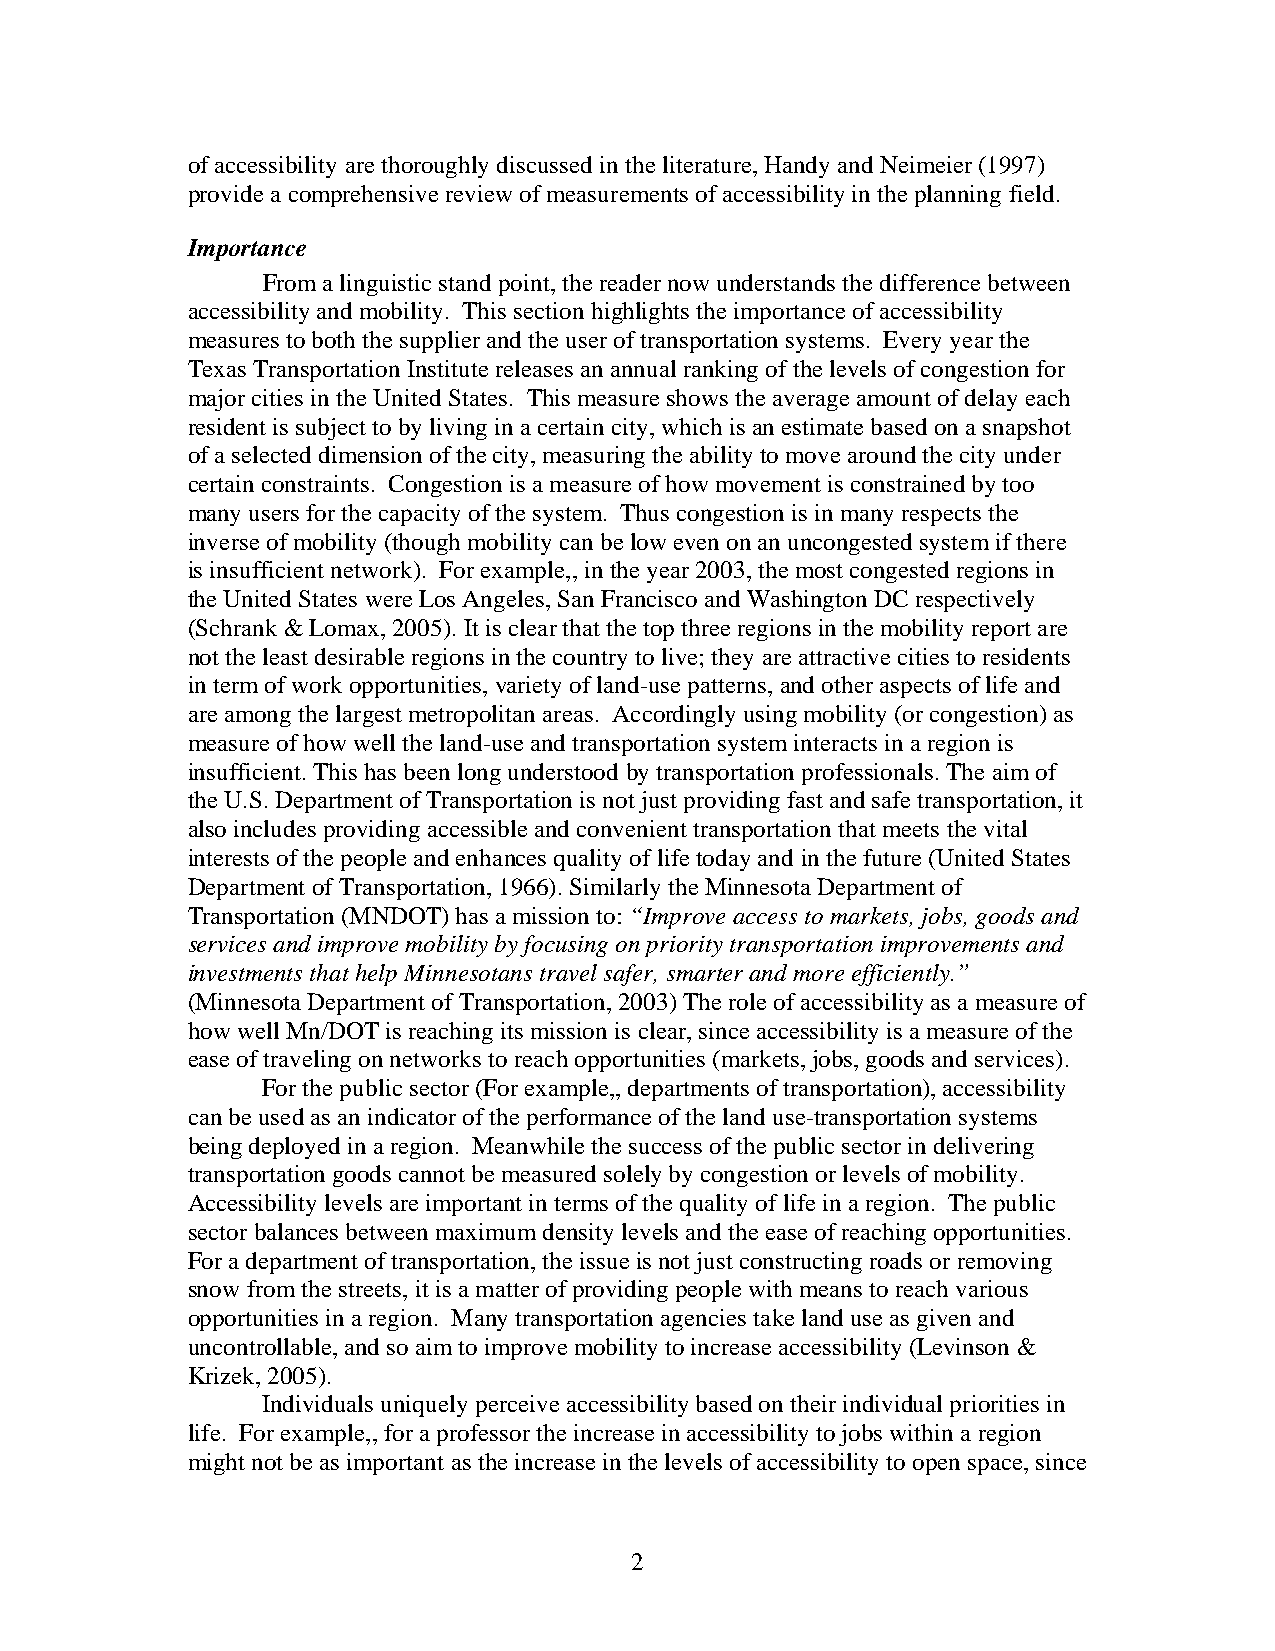
of accessibility are thoroughly discussed in the literature, Handy and Neimeier (1997)
 provide a comprehensive review of measurements of accessibility in the planning field.
 Importance
 From a linguistic stand point, the reader now understands the difference between
 accessibility and mobility. This section highlights the importance of accessibility
 measures to both the supplier and the user of transportation systems. Every year the
 Texas Transportation Institute releases an annual ranking of the levels of congestion for
 major cities in the United States. This measure shows the average amount of delay each
 resident is subject to by living in a certain city, which is an estimate based on a snapshot
 of a selected dimension of the city, measuring the ability to move around the city under
 certain constraints. Congestion is a measure of how movement is constrained by too
 many users for the capacity of the system. Thus congestion is in many respects the
 inverse of mobility (though mobility can be low even on an uncongested system if there
 is insufficient network). For example,, in the year 2003, the most congested regions in
 the United States were Los Angeles, San Francisco and Washington DC respectively
 (Schrank & Lomax, 2005). It is clear that the top three regions in the mobility report are
 not the least desirable regions in the country to live; they are attractive cities to residents
 in term of work opportunities, variety of land-use patterns, and other aspects of life and
 are among the largest metropolitan areas. Accordingly using mobility (or congestion) as
 measure of how well the land-use and transportation system interacts in a region is
 insufficient. This has been long understood by transportation professionals. The aim of
 the U.S. Department of Transportation is not just providing fast and safe transportation, it
 also includes providing accessible and convenient transportation that meets the vital
 interests of the people and enhances quality of life today and in the future (United States
 Department of Transportation, 1966). Similarly the Minnesota Department of
 Transportation (MNDOT) has a mission to: “Improve access to markets, jobs, goods and
 services and improve mobility by focusing on priority transportation improvements and
 investments that help Minnesotans travel safer, smarter and more efficiently.”
 (Minnesota Department of Transportation, 2003) The role of accessibility as a measure of
 how well Mn/DOT is reaching its mission is clear, since accessibility is a measure of the
 ease of traveling on networks to reach opportunities (markets, jobs, goods and services).
 For the public sector (For example,, departments of transportation), accessibility
 can be used as an indicator of the performance of the land use-transportation systems
 being deployed in a region. Meanwhile the success of the public sector in delivering
 transportation goods cannot be measured solely by congestion or levels of mobility.
 Accessibility levels are important in terms of the quality of life in a region. The public
 sector balances between maximum density levels and the ease of reaching opportunities.
 For a department of transportation, the issue is not just constructing roads or removing
 snow from the streets, it is a matter of providing people with means to reach various
 opportunities in a region. Many transportation agencies take land use as given and
 uncontrollable, and so aim to improve mobility to increase accessibility (Levinson &
 Krizek, 2005).
 Individuals uniquely perceive accessibility based on their individual priorities in
 life. For example,, for a professor the increase in accessibility to jobs within a region
 might not be as important as the increase in the levels of accessibility to open space, since
 2